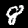
Digit: 8